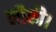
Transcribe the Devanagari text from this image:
लौकी।